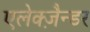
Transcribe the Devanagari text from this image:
एलेक्ज़ैन्डर